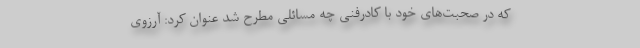
که در صحبت‌های خود با کادرفنی چه مسائلی مطرح شد عنوان کرد: آرزوی